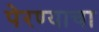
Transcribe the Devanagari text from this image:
पेरण्याचा